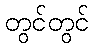
တွင်တွင်